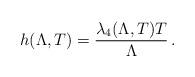
LaTeX: \begin{align*}h(\Lambda,T) = \frac{\lambda_4(\Lambda,T) T}{\Lambda}\,.\end{align*}